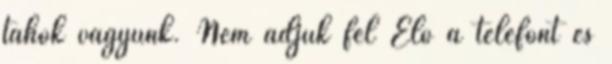
tahók vagyunk. Nem adjuk fel Elő a telefont és